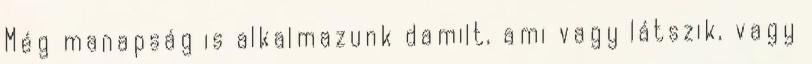
Még manapság is alkalmazunk damilt, ami vagy látszik, vagy